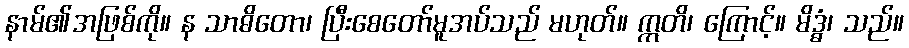
နာမ်၏အဖြစ်ကို။ န သာဓိတော၊ ပြီးစေတော်မူအပ်သည် မဟုတ်။ ဣတိ၊ ကြောင့်။ မိဒ္ဓံ၊ သည်။